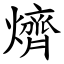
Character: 㸄